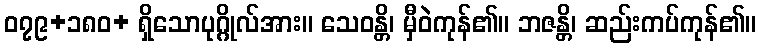
၀၇၉+၁၈၀+ ရှိသောပုဂ္ဂိုလ်အား။ သေဝန္တိ၊ မှီဝဲကုန်၏။ ဘဇန္တိ၊ ဆည်းကပ်ကုန်၏။